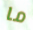
ما